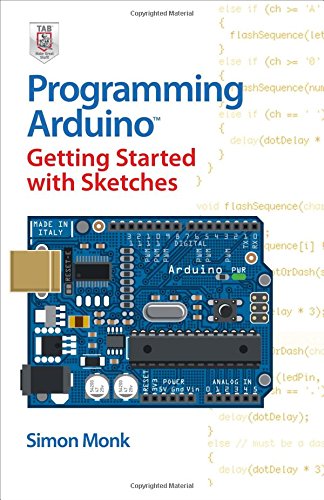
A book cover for Programming Arduino Getting Started with Sketches; Simon Monk; Engineering & Transportation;